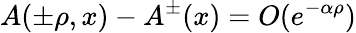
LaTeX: A(\pm\rho,x)-A^{\pm}(x)=O(e^{-\alpha\rho})